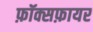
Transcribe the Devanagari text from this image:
फ़ॉक्सफ़ायर